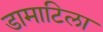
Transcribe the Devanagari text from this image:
डामाटिला